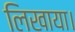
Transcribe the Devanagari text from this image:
लिखाया।